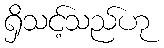
ရှိသင့်သည်ဟု